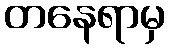
တနေရာမှ